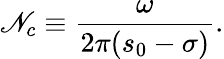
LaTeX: {{\mathscr{N}}_{c}}\equiv\frac{{\omega}}{{2\pi({{s}_{0}}-\sigma)}}.